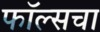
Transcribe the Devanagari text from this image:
फॉल्सचा